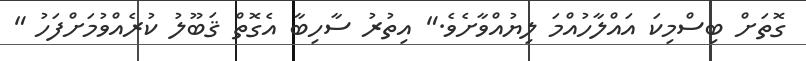
ގޮތަށް ބިސްމިކަ އައްލާހުއްމަ ލިޔުއްވާށެވެ." އިތުރު ސާހިބާ އެގޮތް ޤަބޫލު ކުރެއްވުމަށްފަހު "